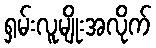
ရှမ်းလူမျိုးအလိုက်